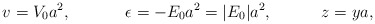
\begin{align*}v =V_0a^2,~~~~~~~~~~\epsilon = -E_0a^2 = |E_0|a^2, ~~~~~~~~~ z = ya,\end{align*}